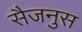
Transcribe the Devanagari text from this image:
सैजनुस